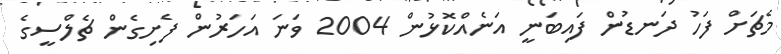
މެޗަށް ފަހު ދަނޑުން ފައިބަނީ އަނެއްކޮޅުން 2004 ވަނަ އަހަރުން ފެށިގެން ޗެލްސީގެ